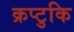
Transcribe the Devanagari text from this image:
क्रप्टुकि